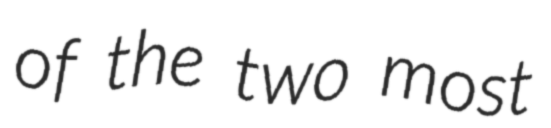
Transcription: of the two most